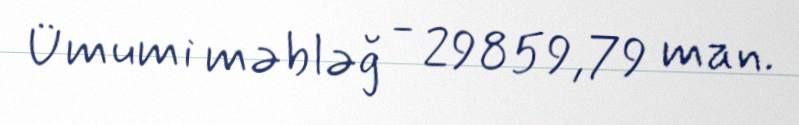
Ümumi məbləğ - 29859,79 man.